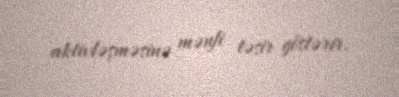
aktivləşməsinə mənfi təsir göstərir.